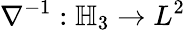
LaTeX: \nabla^{-1}:\mathbb{H}_{3}\to L^{2}